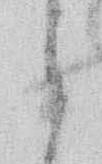
ら